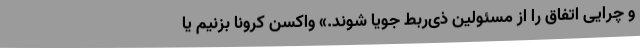
و چرایی اتفاق را از مسئولین ذی‌ربط جویا شوند.» واکسن کرونا بزنیم یا